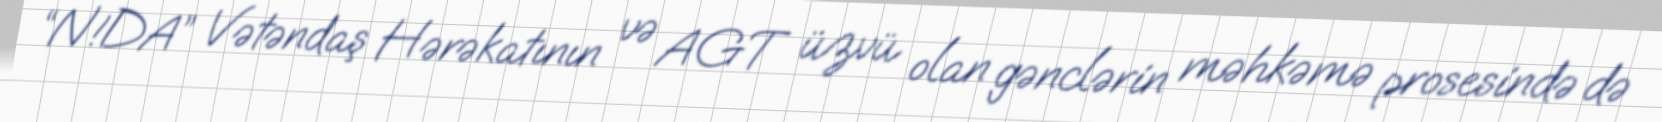
“N!DA” Vətəndaş Hərəkatının və AGT üzvü olan gənclərin məhkəmə prosesində də